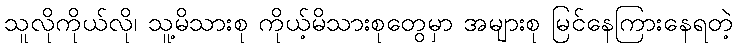
သူလိုကိုယ်လို၊ သူ့မိသားစု ကိုယ့်မိသားစုတွေမှာ အများစု မြင်နေကြားနေရတဲ့